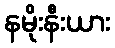
နမိုးနီးယား